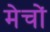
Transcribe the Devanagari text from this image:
मेचों